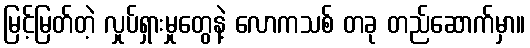
မြင့်မြတ်တဲ့ လှုပ်ရှားမှုတွေနဲ့ လောကသစ် တခု တည်ဆောက်မှာ။